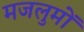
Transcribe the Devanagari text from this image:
मजलुमों